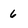
Character: 6